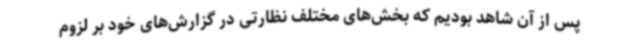
پس از آن شاهد بودیم که بخش‌های مختلف نظارتی در گزارش‌های خود بر لزوم